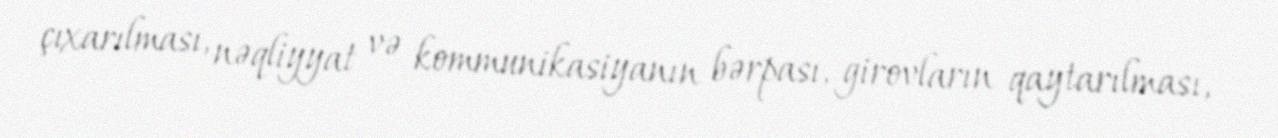
çıxarılması, nəqliyyat və kommunikasiyanın bərpası, girovların qaytarılması,